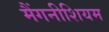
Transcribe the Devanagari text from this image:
मैंगनीशियम